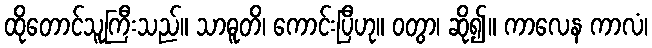
ထိုတောင်သူကြီးသည်။ သာဓူတိ၊ ကောင်းပြီဟု။ ဝတွာ၊ ဆို၍။ ကာလေန ကာလံ၊